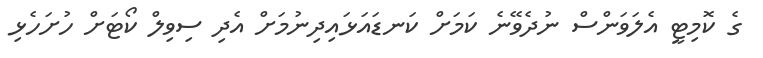
ގެ ކޮމިޓީ އެލަވަންސް ނުދެވޭނެ ކަމަށް ކަނޑައަޅައިދިނުމަށް އެދި ސިވިލް ކޯޓަށް ހުށަހެޅި